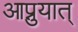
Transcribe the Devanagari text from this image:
आप्नुयात्